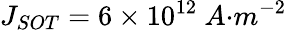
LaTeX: J_{{SOT}}=6\times{10}^{12}\ {A}{{·}}{{m}}^{{-2}}